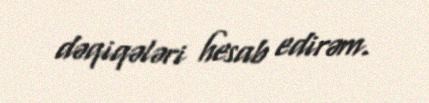
dəqiqələri hesab edirəm.